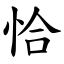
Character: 恰